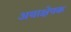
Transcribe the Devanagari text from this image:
अवाक्षेपक